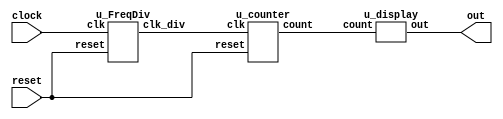
`define TimeExpire 32'd25000000

module test(clock,reset,out);

input clock, reset;
output [6:0] out;

wire clock_div;
wire [3:0] count;
wire [6:0] out;

u_FreqDiv a(.clk(clock),.reset(reset), .clk_div(clock_div));

u_counter b(.clk(clock_div), .reset(reset), .count(count));

u_display c(.count(count),.out(out));


endmodule

/*---------------------------------------------------------------*/
module u_FreqDiv (clk, reset,clk_div);

input clk, reset;
output clk_div;

reg clk_div;
reg [31:0]count;

always@(posedge clk)
begin
	if(!reset)
	begin
		count<=32'd0;
		clk_div<=1'b0;
	end
	else
	begin
		if(count==`TimeExpire)
	begin
		count<=32'd0;
		clk_div<= ~clk_div;
	end
	else
	begin
		count<= count+32'd1;
	end
	end
end
endmodule

/*---------------------------------------------------------------*/
module u_counter(clk, reset, count);

input clk,reset;
output [3:0] count;

reg [3:0] count;

always@(posedge clk or negedge reset)
begin
	
	if(!reset)
	begin
		count<= 0;
	end
	
	else
	begin
		count<= count+1;
	end
	
end
endmodule
/*---------------------------------------------------------------*/

module u_display(count, out);

input [3:0]count;
output [6:0] out;

reg [6:0] out;

always@(count)
begin
	
	case(count)
		4'b0000: begin
		out=7'b1000000;
		end
		
		4'b0001: begin
		out=7'b1111001;
		end
		
		4'b0010: begin
		out=7'b0100100;
		end
		4'b0011: begin
		out=7'b0110000;
		end
		4'b0100: begin
		out=7'b0011001;
		end
		
		4'b0101: begin
		out=7'b0010010;
		end
		
		4'b0110: begin
		out=7'b0000010;
		end
		
		4'b0111: begin
		out=7'b1111000;
		end
		
		4'b1000: begin
		out=7'b0000000;
		end
		
		4'b1001: begin
		out=7'b0010000;
		end
		
		4'b1010: begin
		out=7'b0001000;
		end
		
		4'b1011: begin
		out=7'b0000011;
		end
		
		4'b1100: begin
		out=7'b1000110;
		end
		
		4'b1101: begin
		out=7'b0100001;
		end
		
		4'b1110: begin
		out=7'b0000110;
		end
		
		4'b1111: begin
		out=7'b0001110;
	end
	
	endcase
end
endmodule